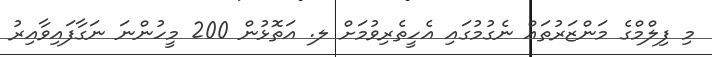
މި ފިލްމްގެ މަންޒަރުތައް ނެގުމުގައި އެހީތެރިވުމަށް ލ. އަތޮޅުން 200 މީހުންނަ ނަގާފައިވާއިރު